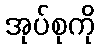
အုပ်စုကို